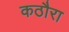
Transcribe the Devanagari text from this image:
कठौरा